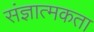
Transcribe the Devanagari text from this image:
संज्ञात्मकता